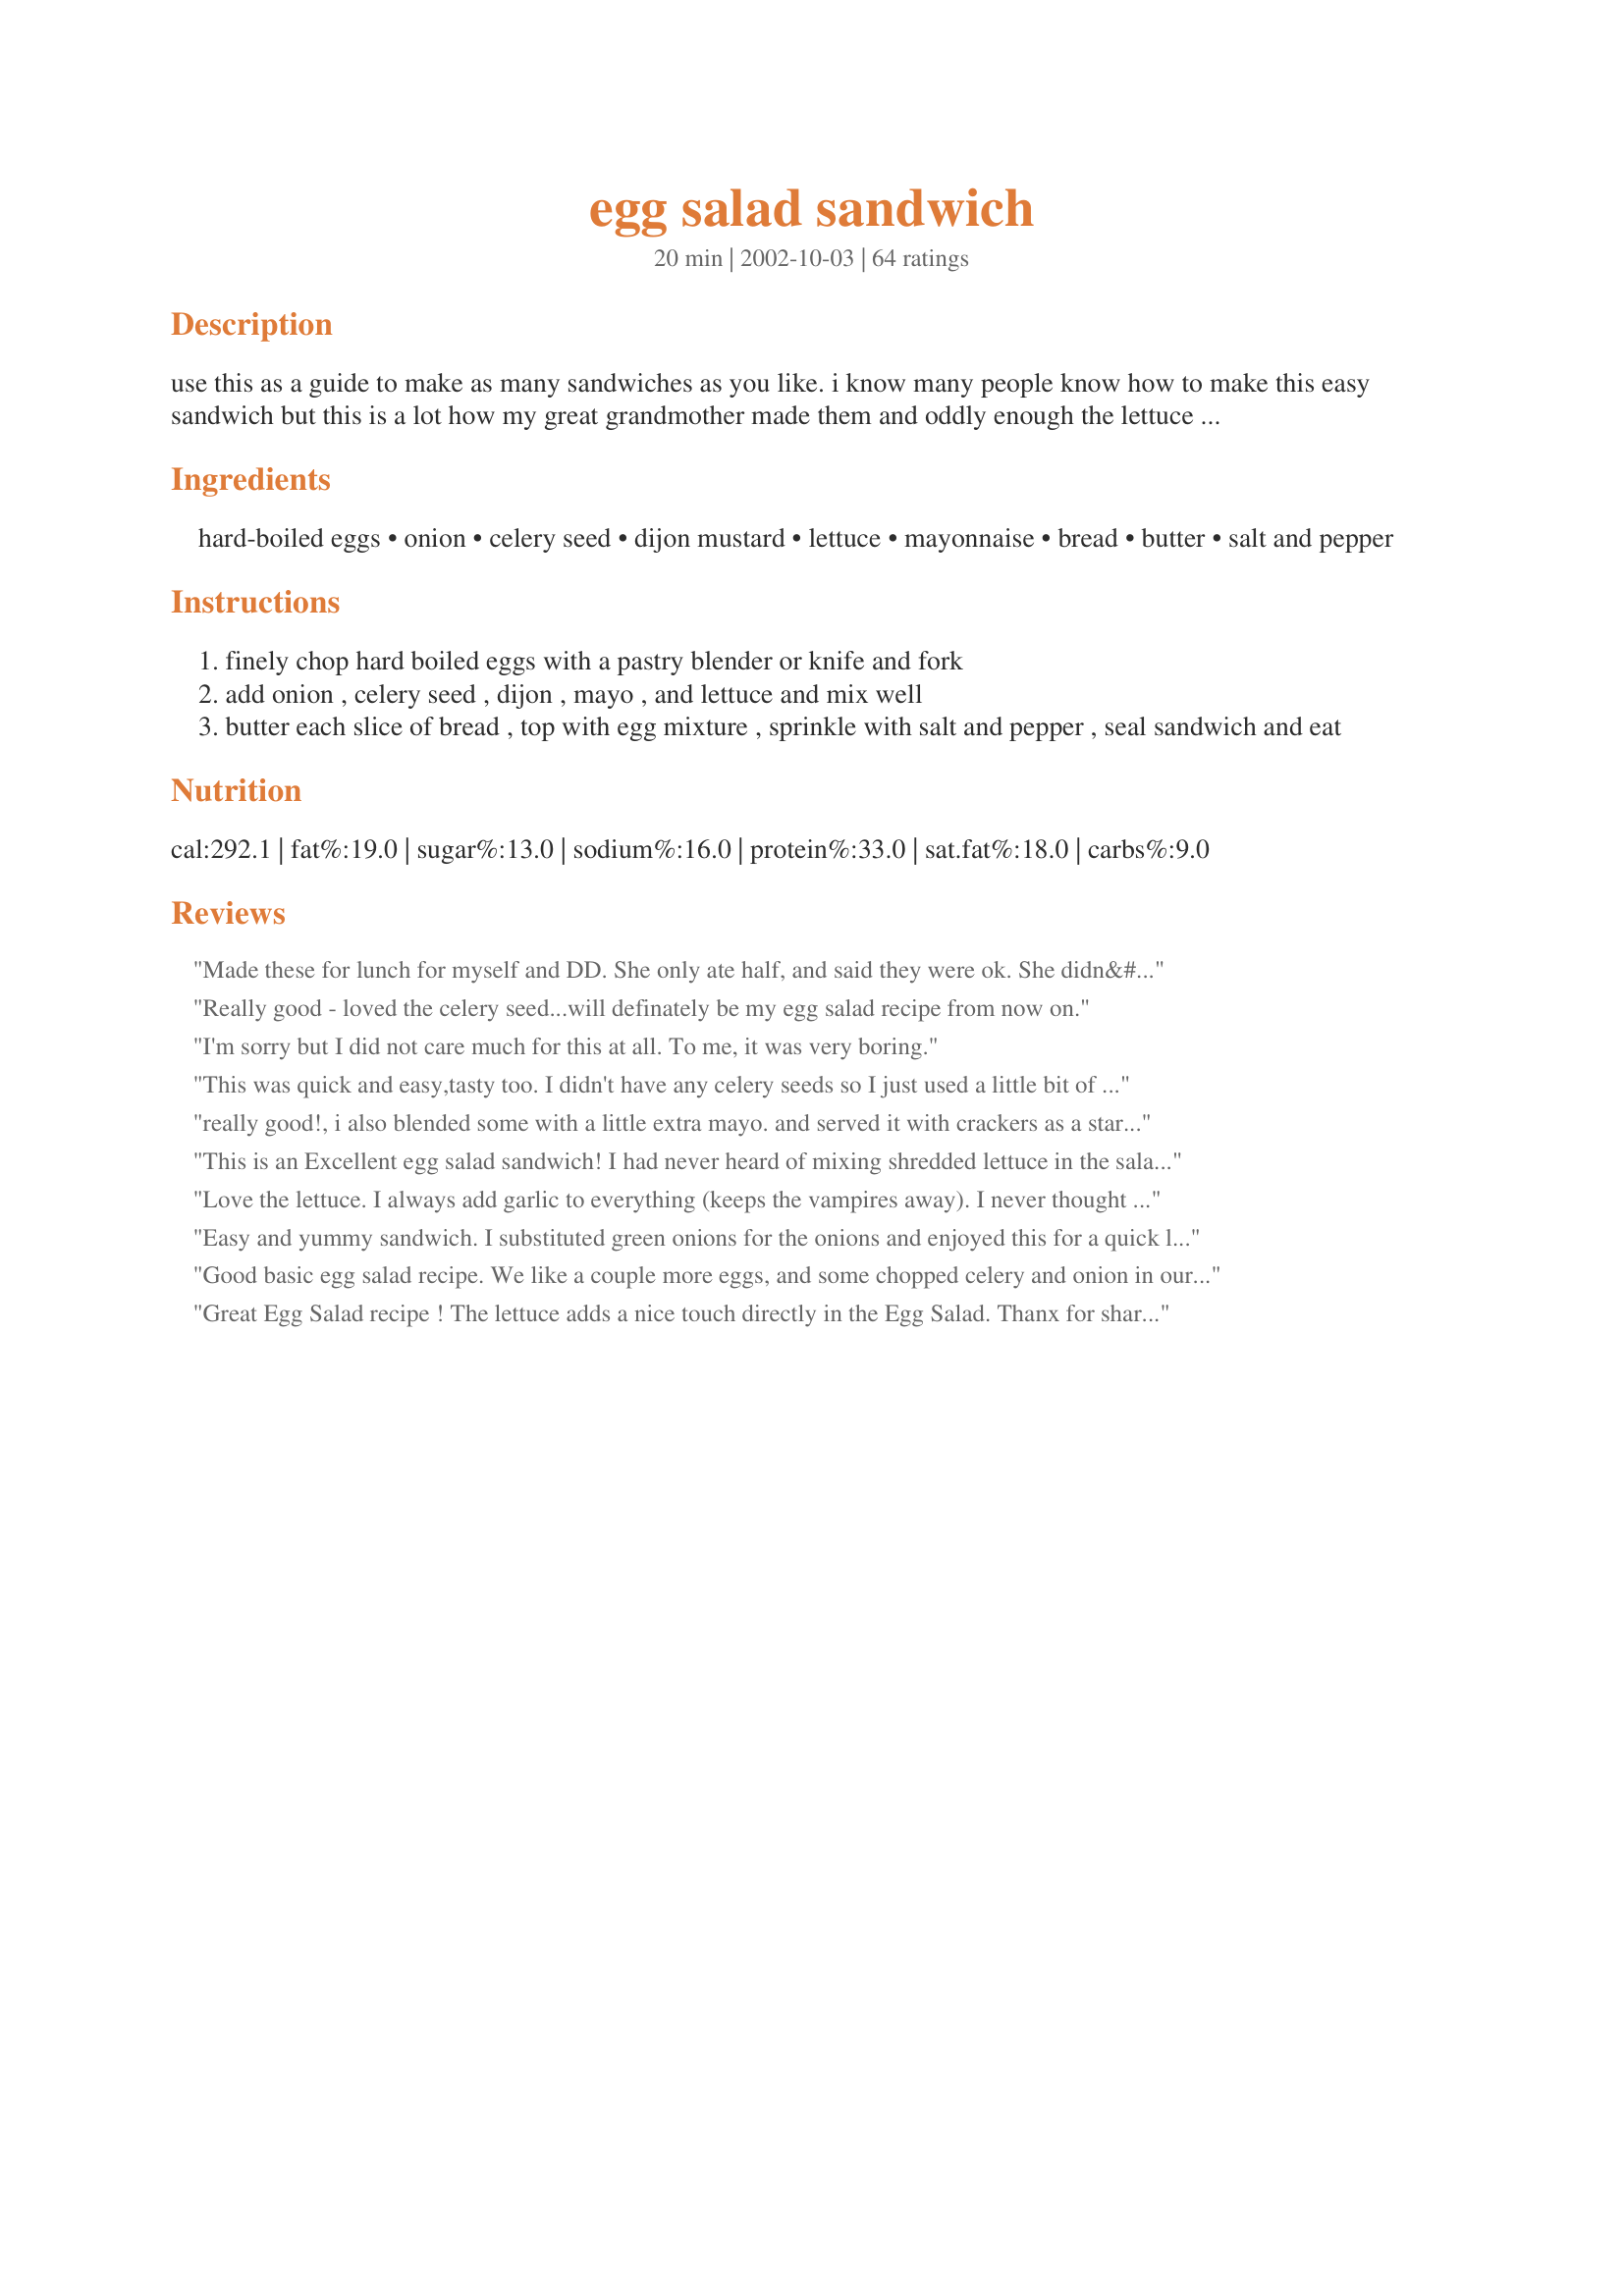
egg salad sandwich
Preparation time: 20 minutes

use this as a guide to make as many sandwiches as you like. i know many people know how to make this easy sandwich but this is a lot how my great grandmother made them and oddly enough the lettuce seems to really make it taste better, especially not just putting it on top of your sandwich. anyways a new cook may not know this easy meal yet and i didn't see one exactly like this in the database.

Ingredients:
hard-boiled eggs, onion, celery seed, dijon mustard, lettuce, mayonnaise, bread, butter, salt and pepper

Steps:
finely chop hard boiled eggs with a pastry blender or knife and fork
add onion , celery seed , dijon , mayo , and lettuce and mix well
butter each slice of bread , top with egg mixture , sprinkle with salt and pepper , seal sandwich and eat

Reviews:
Made these for lunch for myself and DD. She only ate half, and said they were ok. She didn&#039;t like them as much as I did.
Really good - loved the celery seed...will definately be my egg salad recipe from now on.
I'm sorry but I did not care much for this at all. To me, it was very boring.
This was quick and easy,tasty too. I didn't have any celery seeds so I just used a little bit of regular celery. I think I would use green onion next time though, instead of white or red onion. The dijon mustard adds a nice little kick!

really good!, i also blended some with a little extra mayo. and served it with crackers as a starter dish, it was awesome ^.^
This is an Excellent egg salad sandwich! I had never heard of mixing shredded lettuce in the salad or putting butter on the bread, but it turned out great! I guess grandmas really do know best....Thanks to you and your great grandmother for a wonderful sandwich.
Love the lettuce. I always add garlic to everything (keeps the vampires away). I never thought of adding the lettuce to the mix. Great recipe. Having them for dinner tonight.
Easy and yummy sandwich. I substituted green onions for the onions and enjoyed this for a quick lunch. Thanks Tara for sharing. Made for I Recommend Tag.
Good basic egg salad recipe. We like a couple more eggs, and some chopped celery and onion in ours. I don't add lettuce because my husband doesn't like it in a sandwich.
Great Egg Salad recipe ! The lettuce adds a nice touch directly in the Egg Salad. Thanx for sharing.
Egg Salad for grown ups! I wanted to branch out from the more traditional egg salad recipes (with relish) and this was perfect! I doubled the recipe since I had so many eggs from Easter. I especially loved the celery seed. I have a love-hate relationship with celery (I love the taste, not the texture) and the seeds solved the dilemma! Thanks for posting!
Good combo! I replaced the onion w/ onion powder so my 5yo would eat it, but other than that followed your recipe. Thanks Tara.
So delicious! It was the perfect amount for my 3 year old and I to share. I didn't have celery seed so I just used 1/2 celery stalk. I also didn't feel like shredding lettuce when I had shredded cabbage ready, so I used that. We ate it on home made whole wheat toast with spinach and blueberries on the side. I eyeballed the mayo and mustard. It's really a fool proof recipe. Perfect lunch!
Yep, this is an excellent egg salad. I used homemade mayo and a sweet Maui onion. The lettuce adds a nice crispy texture.
Very yummy recipe, i used a slice of pepper jack on toasted bread. I also used celery salt instead of seed and spinach instead of lettuce. Thanks for sharing.
I loved this for lunch today as a picnic lunch, I had it on a wholemeal roll. I didn't have any celery seeds but used a little celery salt and some finely diced celery and thoroughly enjoyed the light crunch from the homegrown lettuce and the celery. Thank you Tara, made for I Recommend (by ElaineAnn).
The lettuce is a fantastic idea I'd never heard of before! Delicious!
My only subs were celery salt for seed and 1 chopped green onion for minced. Great and tasty egg salad. Thanks for posting Tara, and thanks for recommending this Breezermom. It satisfied my urge for egg salad today.
Oh YUM! I was in th mood for egg salad this weekend, so I thought I'd look on Zaar before I made it the way my mom did. I found this recipe, so this a.m. when I went to the store, I bought the celery seed and lettuce - only 2 things I didn't have and whipped this up. I am, as we speak eating one open-faced on a slice of fresh Swedish rye, and I'm in heaven! This is now my egg salad, sorry Mom! (didn't use butter either - really didn't need it)
Thanks!
Pretty good. Liked the celery seed, but 1/8 tsp was too much. Still a little bland, had to add about a Tbs. of sweet relish. Thanks.
really good (ovo-)vegetarian lunchbox option!
Bravo, Tara! I used regular yellow mustard and leaf lettuce (instead of lettuce in the egg salad). Made for a really great sandwich! All along I've just been using eggs, mayo, and dill weed!
I'm fresh out of college so I'm starting to build up some basic recipes. This one is simple and has few ingredients. The flavor was a touch mild, but I agree that the lettuce adds to sandwich. I'll use this again. Thank you for posting!
Best egg salad sandwich I ever tasted!
One of the best tasting egg salad
sandwiches I've ever had. No need to butter the bread. I doubled the amount of dijon mustard, and used salad dressing instead of mayo. 
Adding shredded lettuce was a nice
touch to the sandwich. Definately a
5 STAR recipe. "Thanks Tara"!!!
Very good! I did everything as directed except add the lettuce because I didn't have any. Will make again & again.
I made this recipe, it was very good, however I did not butter the bread.
Great recipe! I made some minor substitutions. I used celery salt instead of celery seed, and because I'm iron deficient, I used spinach for the lettuce. I must say, I wouldn't have thought to add the spinach but it was an excellent addition and an easy way to get some extra iron!
Thanks Tara - I made these sandwiches yesterday to take to my team tennis match and they were gobbled up quickly. Everyone told me they were great :-) Luckily I saved one for myself at home or I wouldn't have gotten one. The celery seed really makes the difference!
This is FANTASTIC! To "chop" my eggs, I use a cheese grater (large grate). Works pefect!
This is a good recipe .. I tried it with caraway seeds instead of celery seeds and liked it that way too .. I found that the amount of filling stated in the recipe was enough for four sandwiches for me, but then I don't like a lot of egg salad on my bread .. thanks for posting ..
Too much celery seed for my taste.
This was my first taste of egg salad and i loved it!Even my son who hates onions liked it, and i did add the onion. I used regular mustard, and miracle whip enstead of mayo.I will for sure be making this again!
VERY tasty! I love the flavor the celery seeds and dijon give it. Nice recipe!
This is a good basic recipe that has lots of potential. The amount of celery seed is just right and the shredded lettuce incorporated into the salad is a nice touch. I used Coleman&#039;s mustard instead of Dijon and used the butter to toast both sides of my bread. Wonderful sandwich; the next time I make this I will either use a little more mustard or a few grains of cayenne pepper. Just enough to make it piquant but not overpower the taste of the celery.
I really enjoyed this recipe...so did my husband. I didn't have any celery seeds, so I used celery salt and didn't add any regular salt. (I used about 1/4 to 1/2 teaspoon for a quadrupled recipe). I didn't put the shredded lettuce directly into the egg mixture, just laid on the bread.
This was really good. I made it for my sister by request. I didn't use the celery seed, or lettuce but i esed regular mustard and Garlic Pepper condiment. Thanks for the recipe :P
Love the crunch the lettuce gave in the mix.Will make again.
Great Sandwich!!! Was wondering about the butter and the lettuce but this is so good. Glad I found your recipe.I used Miricale Whip but used everything else as stated. Thanks.

Yum!! I didn't have celery seeds, and used spring onion instead of onion. I wasn't sold on the lettuce mixed in with the egg - but tried it anyway... it does add a little something special! Loved it, thanks for a great new way to have egg sandwiches...
Very good! I also like the idea of buttering the bread, yum.
Simple yet tasty. Makes a great lunch. I made this just as written. Thanx for sharing!
My whole family loved this! I did make 2 changes though. I was out of onion, so I used onion powder and I didn't mix the lettuce in; I just put it on the bread. It was still wonderful and it will be a staple in our lunchboxes from now on!
Hello, this is a wonderful way to make egg salad sandwiches! Not only does the lettuce make it taste better and crispier. However, I think the celery seed and a touch of hot sauce are what make this sandwich GREAT! Many are the times that it would be the recipient of many goodies that were "leftover" and only had
a bit of this or a dash of that! This formula for goodness is A-1! Thanks for sharing, Manami ;)
I really liked this recipe! I added a little more dijon (personal taste) and celery (for crunch). Thanks for posting!
This was really good. Made this afternoon. I didn't have the celery seed to use. The flavor was great. I will be making this again. Thanks for posting this recipe.
This is a good basic recipe for egg salad. I usually add chopped celery, but just used the celery seeds this time. Yum. I had just made Green Olive Spread and so added this to the sandwich. Wonderful! Thanks for a surefire recipe!
I was looking for a easy and tasty egg salad recipe and I thought I would give this one a try. I'm glad I did! I love the celery seed in this egg salad. I omitted adding the lettuce to the mix and chose to top the sandwich with leaf lettuce. I will be using this recipe again.
I made this recipe as stated with the exception of adding a little dill pickle relish. I loved the shredded lettuce. Next time I will use fresh celery instead of the celery seeds, and leave the butter off the bread. If I can find a nice vine-ripe tomato, I'll add a slice as well! I've made egg salad for a long time, with regular mustard, fresh celery, sliced green onions, bell pepper, and mayo. From now on, I'll always add the shredded lettuce! Thanks for the wonderful idea of adding the lettuce!
I wanted to see if there were any different egg salads out there to try for lunch and I have to say, this was just perfect! I liked the dijon mustard instead of regular mustard. I used celerly salt instead of celery seeds (didn't have any). Thanks Tara.
As my 7 year old DD said "This is a great sandwich." I think you are right, the lettuce mixed in makes the difference. Next time I'm going to add some dill and seasoned salt. Thanks for posting. I'll make this again.
I love this egg salad. : )
Sooo good! I made it with 16 eggs, and used half honey mustard and half stone ground mustard since I didn't have dijon. I also put in a bit of dill since I love dill with eggs. Perfect consistency! Not too creamy, just right!
This was very good. I thought that there was a tad too much celery seed for my tastes, and I might add just a tad more dijon mustard next time as well, the DH loved it.
We made these sandwiches to go along with some Cream of Broccoli soup. It was a delicious meal. I loved it because it was simple to fix adn I always have the ingredients on hand. I will use this recipe again......thank you so much for posting.
This egg salad sandwich got mix review from the 3 of us. For me that's 4 stars, there's too much dijon mustard in it. So I added more mayo. DH really loved it. He ate two. My son didn't like because of the onions and I used green onion. I omitted the celery seeds. The salad in it is great. I used iceburg lettuce. Thanks Tara :) Made for I recommend tag game
Sorry, this didn't do it for me. I had to add sweet relish and lots more salt and pepper before it tasted like the egg salad sandwiches that I remember. But, the lettuce is a great addition. It does make all the difference. Thanks for pointing that out.
Traditional recipe to me. Used fresh celery instead of seeds. Thanks for posting <3
very nice and different with the celery seed and shredded lettuce. my little boys prefer it my old way without lettuce, but i like it this way.
oh, Man, this was SO good! Ultimately satisfying. My go-to egg salad from now on. I used Celery Salt instead of Celery Seeds and left off the lettuce (didn't have any). I used Janes krazy Salt instead of plain salt. MMMM!!!! My tummy is very happy. :)
Nice and easy with ingredients that I generally have on hand. I doubled the mustard, used celery flakes instead of seed, light mayo, and watercress for the lettuce. I skipped the butter and bread and served it with whole wheat crackers (Triscuit style).
Great basic recipe, but not enough flavor on its own. Needs more dijon mustard or just needs some on the sandwich. I did like the crunch the chopped lettuce added though.
Great recipe! Basic and delicious as is and a perfect starting point if someone like to tweak recipes. I loved the addition of the lettuce, it did taste different mixed in rather than topping the salad. I used half of the mayo called for and it was still very creamy and delicious. Thanks for sharing the keeper recipe!
Delicious egg salad. I left out the butter and the celery seed.
